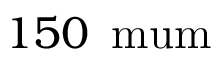
1 5 0 \, \mathrm { \ m u m }